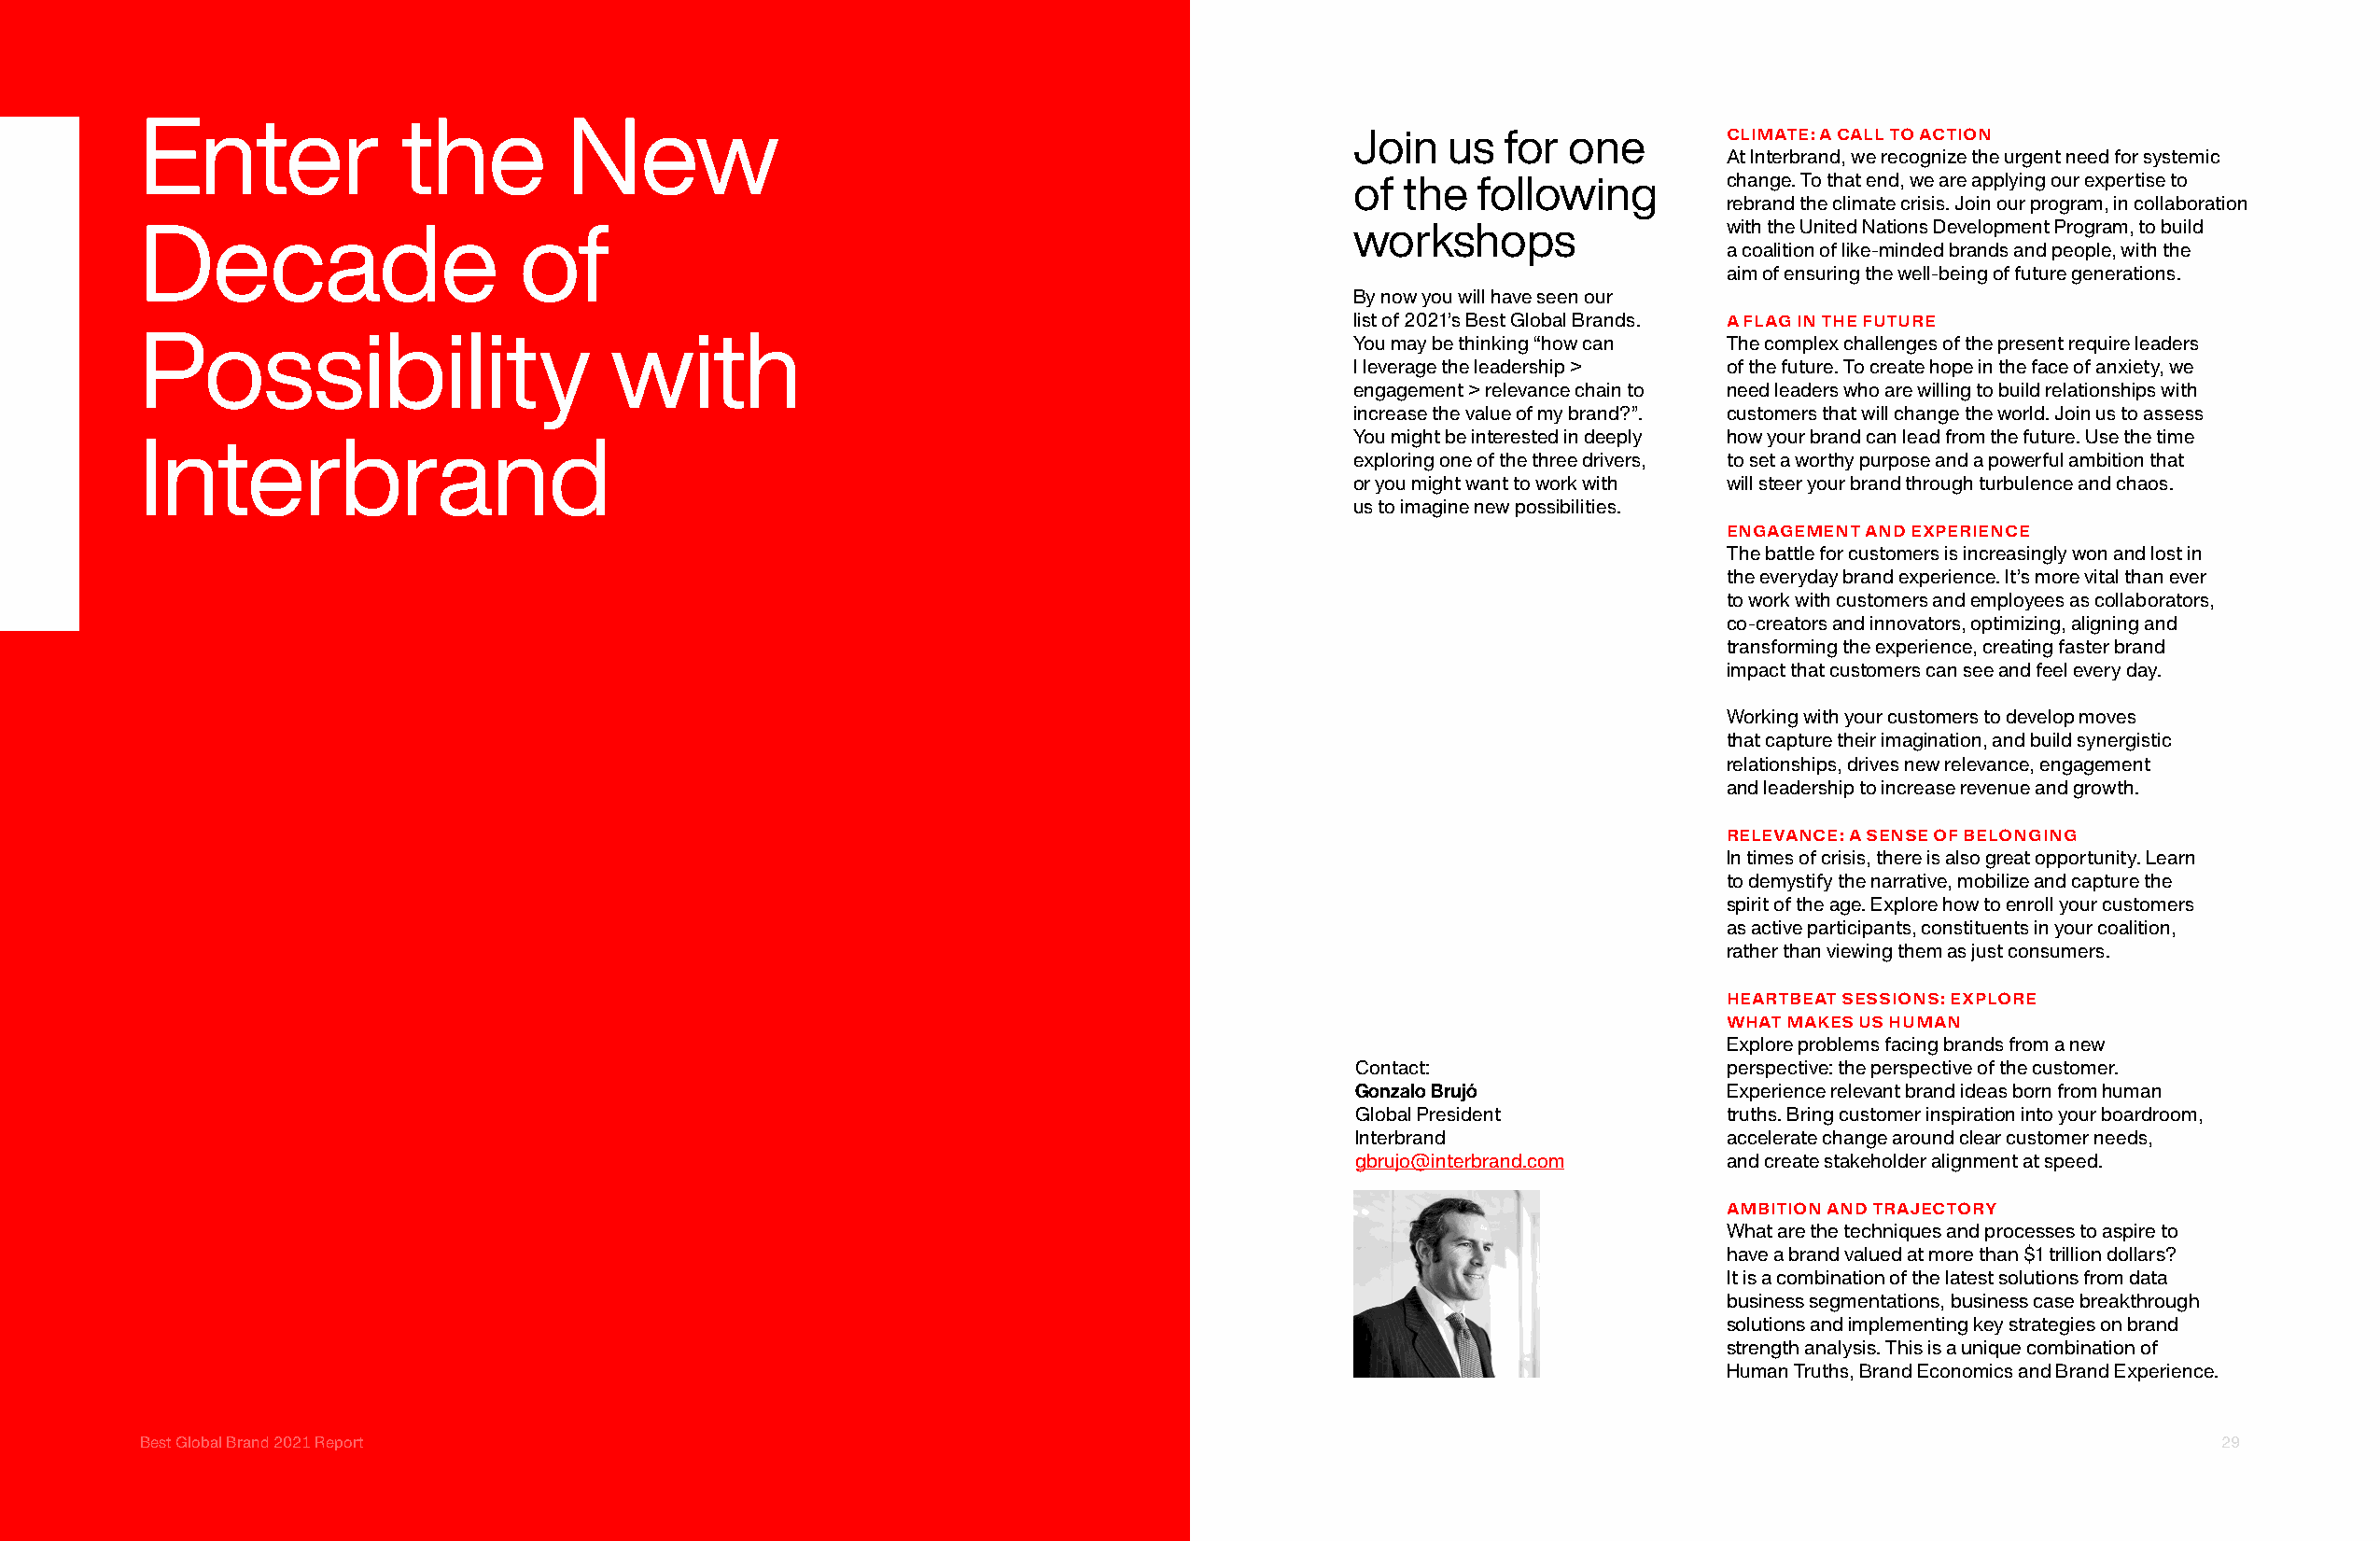
Enter             the         New
 Join   us  for one        CLIMATE: A CALL TO ACTION
 At Interbrand, we recognize the urgent need for systemic
 of  the  following        change. To that end, we are applying our expertise to
 rebrand the climate crisis. Join our program, in collaboration
 Decade                     of                                                         workshops                 with the United Nations Development Program, to build
 a coalition of like-minded brands and people, with the
 aim of ensuring the well-being of future generations.
 By now you will have seen our
 list of 2021’s Best Global Brands. A FLAG IN THE FUTURE
 Possibility                      with                                                 You may be thinking “how can The complex challenges of the present require leaders
 I leverage the leadership > of the future. To create hope in the face of anxiety, we
 engagement > relevance chain to need leaders who are willing to build relationships with
 increase the value of my brand?”. customers that will change the world. Join us to assess
 You might be interested in deeply how your brand can lead from the future. Use the time
 Interbrand
 exploring one of the three drivers, to set a worthy purpose and a powerful ambition that
 or you might want to work with will steer your brand through turbulence and chaos.
 us to imagine new possibilities.
 ENGAGEMENT AND EXPERIENCE
 The battle for customers is increasingly won and lost in
 the everyday brand experience. It’s more vital than ever
 to work with customers and employees as collaborators,
 co-creators and innovators, optimizing, aligning and
 transforming the experience, creating faster brand
 impact that customers can see and feel every day.
 Working with your customers to develop moves
 that capture their imagination, and build synergistic
 relationships, drives new relevance, engagement
 and leadership to increase revenue and growth.
 RELEVANCE: A SENSE OF BELONGING
 In times of crisis, there is also great opportunity. Learn
 to demystify the narrative, mobilize and capture the
 spirit of the age. Explore how to enroll your customers
 as active participants, constituents in your coalition,
 rather than viewing them as just consumers.
 HEARTBEAT SESSIONS: EXPLORE
 WHAT MAKES US HUMAN
 Explore problems facing brands from a new
 Contact:                  perspective: the perspective of the customer.
 Gonzalo Brujó             Experience relevant brand ideas born from human
 Global President          truths. Bring customer inspiration into your boardroom,
 Interbrand                accelerate change around clear customer needs,
 gbrujo@interbrand.com     and create stakeholder alignment at speed.
 AMBITION AND TRAJECTORY
 What are the techniques and processes to aspire to
 have a brand valued at more than $1 trillion dollars?
 It is a combination of the latest solutions from data
 business segmentations, business case breakthrough
 solutions and implementing key strategies on brand
 strength analysis. This is a unique combination of
 Human Truths, Brand Economics and Brand Experience.
 Best Global Brand 2021 Report                                                                                                                       29